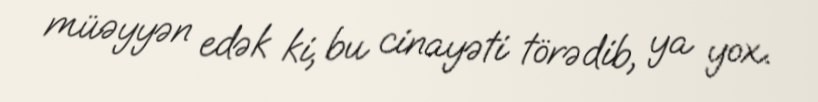
müəyyən edək ki, bu cinayəti törədib, ya yox.